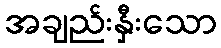
အချည်းနှီးသော